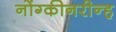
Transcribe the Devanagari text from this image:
नोंग्कीनरीन्ह